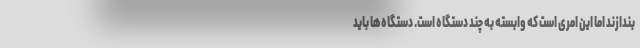
بندازند اما این امری است که وابسته به چند دستگاه است. دستگاه‌ها باید